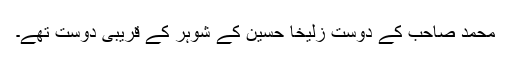
محمد صاحب کے دوست زُلیخا حُسین کے شوہر کے قریبی دوست تھے۔